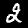
Label: 2